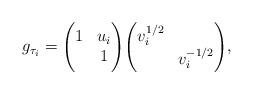
LaTeX: \begin{align*}g_{\tau_i} = \Bigg(\begin{matrix}1 & u_i \\& 1\end{matrix}\Bigg)\Bigg(\begin{matrix}v_i^{ 1/2 } & \\& v_i^{- 1/2} \end{matrix}\Bigg),\end{align*}